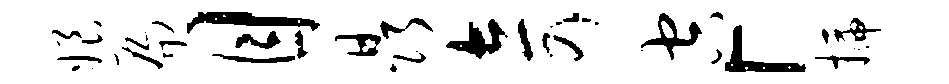
娘扁目晶奇空「插